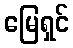
မြေရှင်